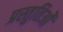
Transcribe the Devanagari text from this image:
प्रस्तुतिओं